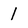
Character: 1